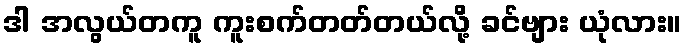
ဒါ အလွယ်တကူ ကူးစက်တတ်တယ်လို့ ခင်ဗျား ယုံလား။